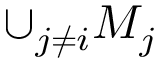
\cup _ { j \neq i } M _ { j }